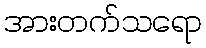
အားတက်သရော